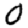
Digit: 0